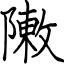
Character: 敶